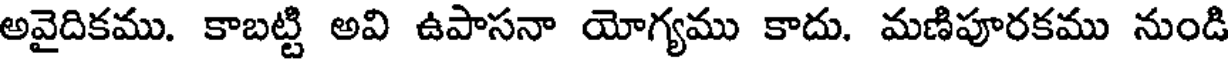
అవైదికము. కాబట్టి అవి ఉపాసనా యోగ్యము కాదు. మణిపూరకము నుండి